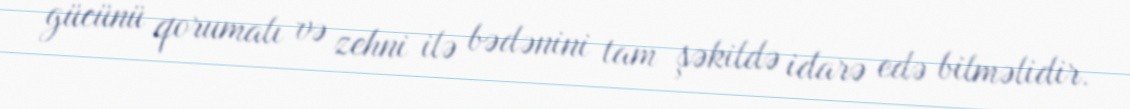
gücünü qorumalı və zehni ilə bədənini tam şəkildə idarə edə bilməlidir.